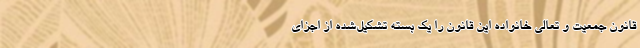
قانون جمعیت و تعالی خانواده این قانون را یک بسته تشکیل‌شده از اجزای